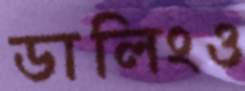
ডালিংও